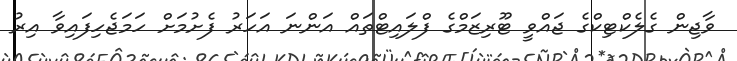
ވާޖިން ގެލެކްޓިކްގެ ޖައްވީ ޓޫރިޒަމްގެ ފްލައިޓްތައް އަންނަ އަހަރު ފެށުމަށް ހަމަޖެހިފައިވާ އިރު